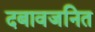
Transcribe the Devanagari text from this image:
दबावजनित